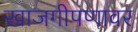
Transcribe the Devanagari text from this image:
खाजगीपणावर